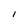
Character: I